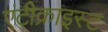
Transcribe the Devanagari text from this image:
एंटीक्राइस्ट